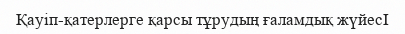
Қауіп-қатерлерге қарсы тұрудың ғаламдық жүйесӀ